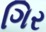
ગિર